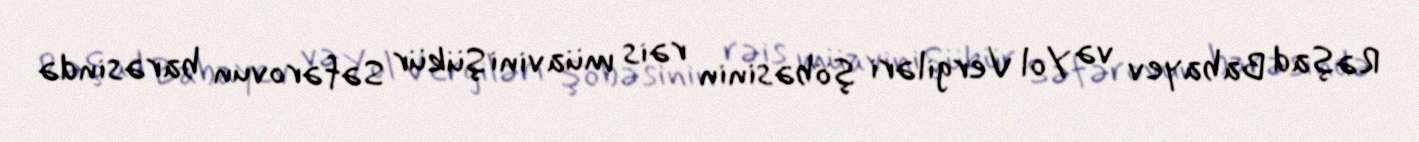
Rəşad Babayev və Yol Vergiləri şöbəsinin rəis müavini Şükür Səfərovun barəsində